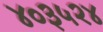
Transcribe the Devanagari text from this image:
४०३५२४